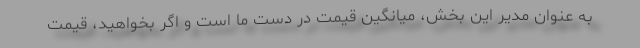
به عنوان مدیر این بخش، میانگین قیمت در دست ما است و اگر بخواهید، قیمت